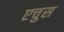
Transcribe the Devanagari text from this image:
एचुस